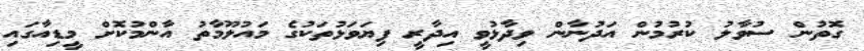
ގޮތުން ސުވާލު ކުރުމުން އަދުނާން ވިދާޅުވީ އިދާރީ ފިޔަވަޅުތަކުގެ މައުލޫމާތު އާންމުކޮށް މީޑިއާގައި